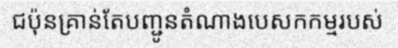
ជប៉ុនគ្រាន់តែបញ្ជូនតំណាងបេសកកម្មរបស់